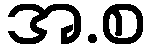
အ.စ